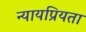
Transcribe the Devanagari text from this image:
न्‍यायप्रियता